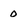
Character: O